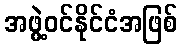
အဖွဲ့ဝင်နိုင်ငံအဖြစ်